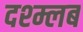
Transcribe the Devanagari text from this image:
दश्म्लब